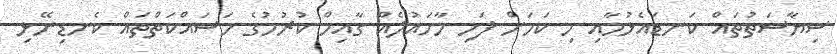
ސިޔާސަތުތައް ކަނޑައެޅުމާއި މި ކަމަށް ފަހި މާހައުލެއް ގާއިމް ކުރުމުގެ މަސައްކަތްތައް ކެނޑިނޭޅި